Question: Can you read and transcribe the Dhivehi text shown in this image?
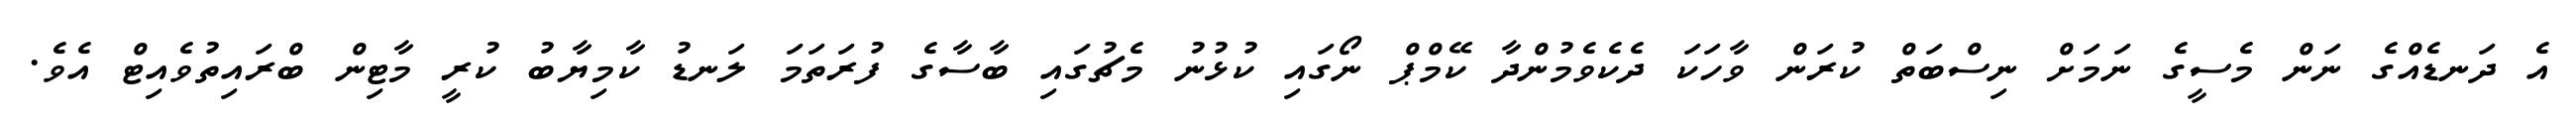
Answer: އެ ދަނޑެއްގެ ނަން މެސީގެ ނަމަށް ނިސްބަތް ކުރަން ވާހަކަ ދެކެވެމުންދާ ކޭމްޕް ނޯގައި ކުޅުނު މެޗުގައި ބާސާގެ ފުރަތަމަ ލަނޑު ކާމިޔާބު ކުރީ މާޓިން ބްރައިތުވެއިޓް އެވެ.